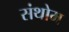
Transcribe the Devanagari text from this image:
संथोम